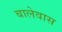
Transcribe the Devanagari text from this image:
बालेवास